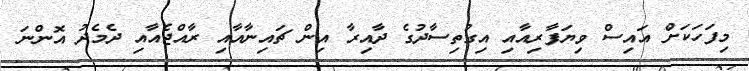
މިފަހަކަށް އައިސް ވިޔަފާރިއާއި އިގުތިސާދުގެ ދާއިރާ އިން ޗައިނާއާއި ރާއްޖެއާއި ދެމެދު އޮންނަ